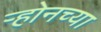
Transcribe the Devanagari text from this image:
ऱ्होनच्या